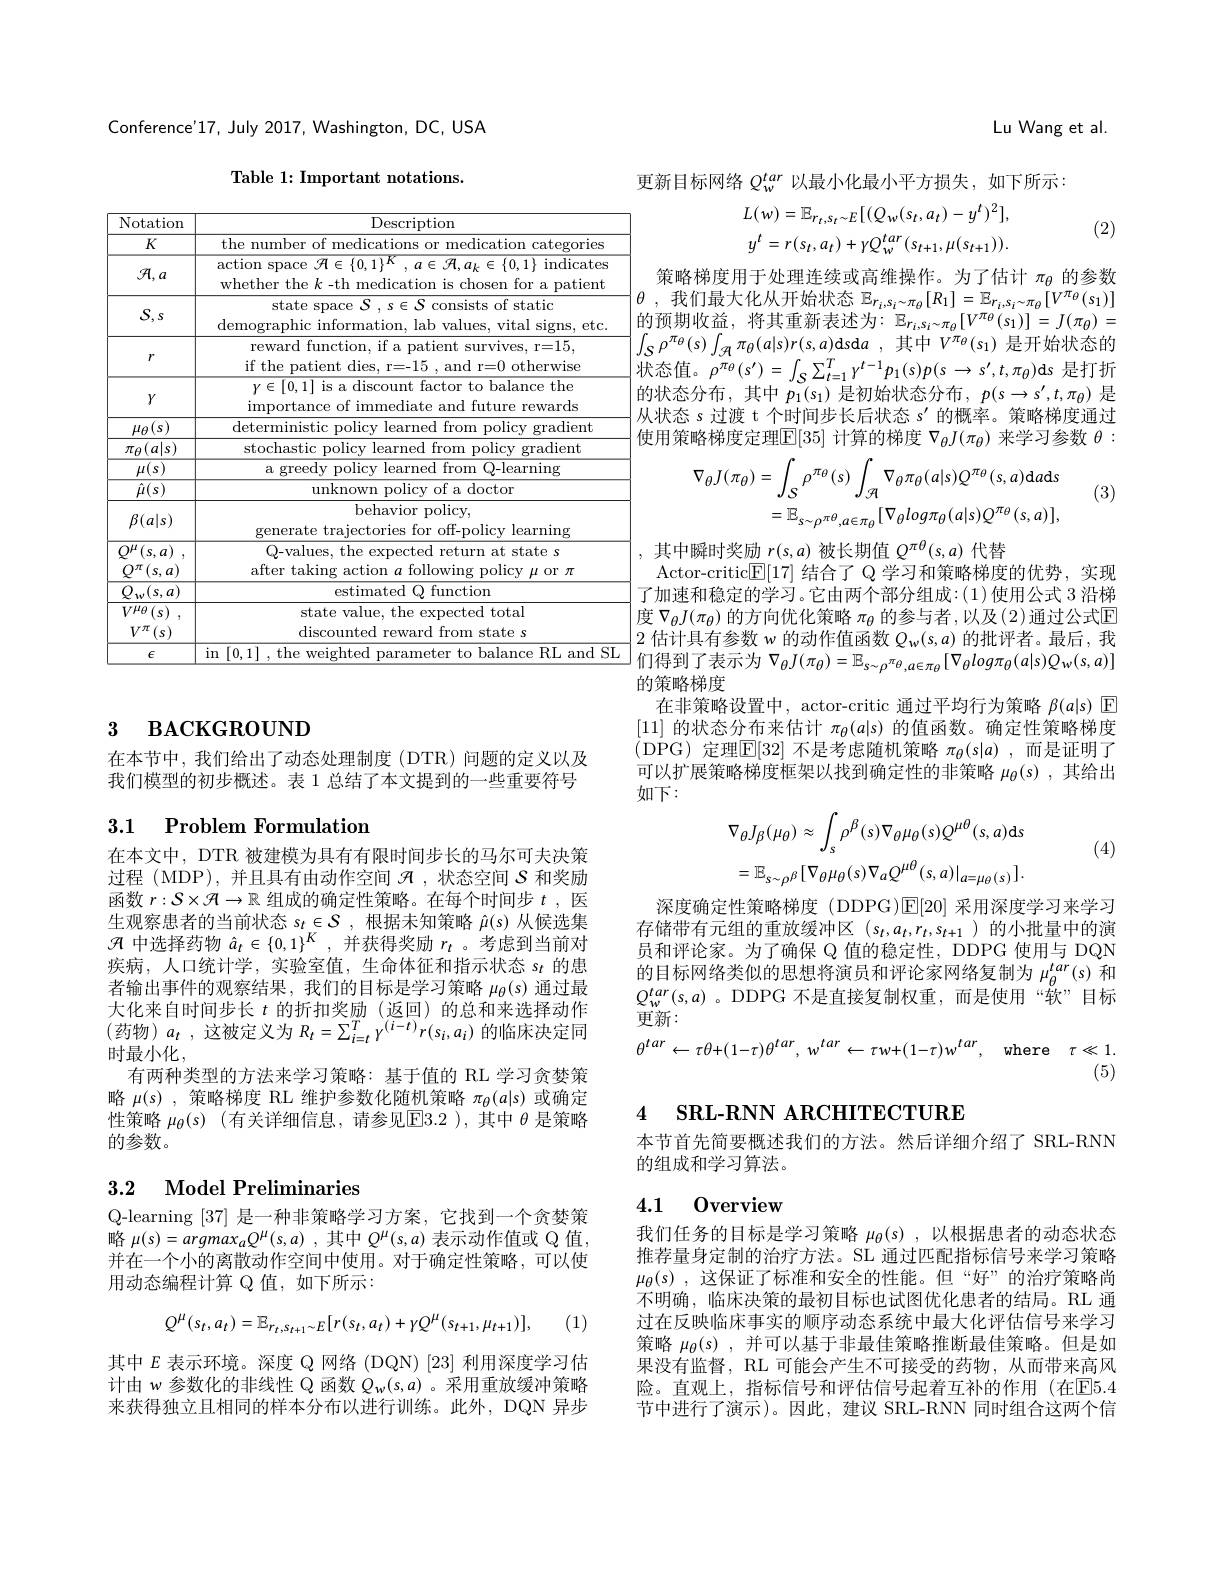
Conference'17, July 2017, Washington, DC, USA

Table 1: Important notations.

<table>
	<tbody>
		<tr>
			<th>Notation</th>
			<th>Description</th>
		</tr>
		<tr>
			<td>$K$</td>
			<td>the tegories</td>
		</tr>
		<tr>
			<td>${\mathcal{H}},a$</td>
			<td>$\operatorname{action}$ space $\mathcal{H}\in\{0,1\}^K,a\in\mathcal{H},a_k\in\{0,1\}$ indicates whether the $k$ -th medication is chosen for a patient</td>
		</tr>
		<tr>
			<td>$S,s$</td>
			<td>state space $\mathcal{S},s\in\mathcal{S}$ consists of static demographic information, lab values, vital signs, etc. </td>
		</tr>
		<tr>
			<td>$r$</td>
			<td>reward function, if a patient survives, r=15, if the patient dies, r=-15 , and r=0 otherwise</td>
		</tr>
		<tr>
			<td>$Y$</td>
			<td>$y\in[0,1]$ is a discount factor to balance the importance of immediate and future rewards</td>
		</tr>
		<tr>
			<td>$\mu_{\theta}(s)$</td>
			<td>deterministic :Dolicv learned 1 $\operatorname{from}$ Dolicv gradient</td>
		</tr>
		<tr>
			<td>$\pi_{\theta}$ $(a|s)$</td>
			<td>stochastic eradient 211C</td>
		</tr>
		<tr>
			<td>$\mu_{\theta}(u|s)$</td>
			<td>$0011CA$ graule.</td>
		</tr>
		<tr>
			<td>$\mu(s)$</td>
			<td>$\textbf{a greedy I}$ pollcy learned trom $\mathrm{C}_{\mathrm{Q-learning}}$</td>
		</tr>
		<tr>
			<td>$\mu(s)$</td>
			<td>LUR own policy or a doctor hehavior noli</td>
		</tr>
		<tr>
			<td>$\beta(a|s)$</td>
			<td>behavlor polıcy, generate trajectories for off-policy learning</td>
		</tr>
		<tr>
			<td>20 $Q^{\pi}(s,a)$</td>
			<td>after taking action $\operatorname*{llowing}$policy$\mu$or$\pi$</td>
		</tr>
		<tr>
			<td>$w(s,a$ 1 $^{\prime}$,</td>
			<td>estimated Q tunction</td>
		</tr>
		<tr>
			<td>$V^{\mu_{\theta}}\left(s\right)$ $V^{\pi}(s)$</td>
			<td>state value, the expected total discounted reward from state s</td>
		</tr>
		<tr>
			<td>$\epsilon$</td>
			<td>111 welohte $|ance$ $\mathrm{R}_{1}$ amn N</td>
		</tr>
	</tbody>
</table>

# 3 BACKGROUND

在本节中，我们给出了动态处理制度(DTR)问题的定义以及我们模型的初步概述。表 1 总结了本文提到的一些重要符号

### 3.1 $\textbf{Problem Formulation}$

在本文中，DTR 被建模为具有有限时间步长的马尔可夫决策过程 (MDP),并且具有由动作空间$\mathcal{H}$ ,状态空间$\mathcal{S}$和奖励函数$r:\mathcal{S}\times\mathcal{H}\to\mathbb{R}$组成的确定性策略。在每个时间步$t$,医生观察患者的当前状态$s_t\in\mathcal{S}$,根据未知策略$\hat{\mu}(s)$从候选集$\mathcal{H}$中选择药物$\hat{a}_t\in\{0,1\}^K$,并获得奖励$r_t$ 。考虑到当前对疾病，人口统计学，实验室值，生命体征和指示状态$s_t$的患者输出事件的观察结果，我们的目标是学习策略$\mu_\theta(s)$通过最大化来自时间步长$t$的折扣奖励 (返回) 的总和来选择动作(药物$)a_t$,这被定义为$R_t=\sum_i=t^TY^{(i-t)}r(s_i,a_i)$ 的临床决定同时最小化，
有两种类型的方法来学习策略：基于值的 RL 学习贪婪策略$\mu(s)$ ,策略梯度 RL 维护参数化随机策略$\pi_\theta(a|s)$或确定性策略$\mu_\theta(s)$ (有关详细信息，请参见$\boxed{\mathrm{E}}3.2$ ),其中$\theta$是策略的参数。

## 3.2 Model Preliminaries

Q-learning [37]是一种非策略学习方案，它找到一个贪婪策略$\mu ( s) = argmax_aQ^{\mu }( s, a)$ ,其中$Q^\mu(s,a)$表示动作值或 Q 值并在一个小的离散动作空间中使用。对于确定性策略，可以使用动态编程计算 Q 值，如下所示：
$$Q^{\mu}(s_{t},a_{t})=\mathbb{E}_{r_{t},s_{t+1}\sim E}[r(s_{t},a_{t})+\gamma Q^{\mu}(s_{t+1},\mu_{t+1})],$$
(1)

其中$E$表示环境。深度 Q 网络 (DQN)[23] 利用深度学习估计由$w$参数化的非线性 Q 函数$Q_w(s,a)$ 。采用重放缓冲策略来获得独立且相同的样本分布以进行训练。此外，DQN 异步

Lu Wang et al.

更新目标网络$Q_w^{tar}$以最小化最小平方损失，如下所示：

(2)
$$L(w)=\mathbb{E}_{r_{t},s_{t}\sim E}[(Q_{w}(s_{t},a_{t})-y^{t})^{2}],\\y^{t}=r(s_{t},a_{t})+\gamma Q_{w}^{tar}(s_{t+1},\mu(s_{t+1})).$$
策略梯度用于处理连续或高维操作。为了估计$\pi_\mathrm{\theta}$的参数$\theta$ , 我们最大化从开始状态 $\mathbb{E}_r_i,s_i\sim\pi_\theta[R_1]=\mathbb{E}_{r_i,s_i\sim\pi_\theta}[V^{\pi_\theta}(s_1)]$ 的预期收益，将其重新表述为：$\mathbb{E}_r_i,s_i\sim\pi_\theta[V^{\pi_\theta}(s_1)]=J(\pi_\theta)=$ $\int_{\mathcal{S}}\rho^{\pi_\theta}(s)\int_{\mathcal{A}}\pi_\theta(a|s)r(s,a)$d$s$d$a$ ,其中 $V^{\pi_\theta}(s_1)$ 是开始状态的$\begin{vmatrix}\text{小}\\\text{状态值。}\rho^{\pi_{\theta}}(s^{\prime})&=\int_{\mathcal{S}}\sum_{t=1}^{T}\gamma^{t-1}p_{1}(s)p(s\:\to\:s^{\prime},t,\pi_{\theta})\mathrm{d}s&\text{是打折}\end{vmatrix}$ 的状态分布，其中$p_1(s_1)$是初始状态分布$,p(s\to s^\prime,t,\pi_\theta)$是从状态 s 过渡 t 个时间步长后状态 s' 的概率。策略梯度通过使用策略梯度定理$\overline{\mathbb{E}}[35]$计算的梯度$\nabla_\theta J(\pi_\theta)$来学习参数$\theta:$

(3)
$$\begin{aligned}\nabla_{\theta}J(\pi_{\theta})&=\int_{S}\rho^{\pi_{\theta}}(s)\int_{\mathcal{A}}\nabla_{\theta}\pi_{\theta}(a|s)Q^{\pi_{\theta}}(s,a)\mathrm{d}a\mathrm{d}s\\&=\mathbb{E}_{s\sim\rho^{\pi\theta},a\in\pi_{\theta}}[\nabla_{\theta}log\pi_{\theta}(a|s)Q^{\pi_{\theta}}(s,a)],\end{aligned}$$
其中瞬时奖励$r(s,a)$被长期值$Q^\pi\theta(s,a)$代替
Actor-critic$\mathbb{E}[17]$结合了 Q 学习和策略梯度的优势，实现了加速和稳定的学习。它由两个部分组成：(1)使用公式 3 沿梯$\left|\text{度 }\nabla_{\theta}J(\pi_{\theta})\text{ 的方向优化策略 }\pi_{\theta}\text{ 的参与者 },\text{以及(2)通过公式E}\right|$ 2 估计具有参数 w 的动作值函数$Q_w(s,a)$的批评者。最后，我们得到了表示为$\nabla_\theta J(\pi_\theta)=\mathbb{E}_{s\sim\rho^{\pi_\theta},a\in\pi_\theta}[\nabla_\theta log\pi_\theta(a|s)Q_w(s,a)]$ 的策略梯度
在非策略设置中，actor-critic 通过平均行为策略$\beta(a|s)$ E [11]的状态分布来估计$\pi_\theta(a|s)$的值函数。确定性策略梯度(DPG)定理$\overline{\mathrm{E}}[32]$ 不是考虑随机策略 $\pi_\theta(s|a)$,而是证明了可以扩展策略梯度框架以找到确定性的非策略$\mu_\theta(s)$,其给出如下：
$$\nabla_{\theta}J_{\beta}(\mu_{\theta})\approx\int_{s}\rho^{\beta}(s)\nabla_{\theta}\mu_{\theta}(s)Q^{\mu\theta}(s,a)\mathrm{d}s\\=\mathbb{E}_{s\sim\rho^{\beta}}[\nabla_{\theta}\mu_{\theta}(s)\nabla_{a}Q^{\mu\theta}(s,a)|_{a=\mu_{\theta}(s)}].$$
$s$ (4)

深度确定性策略梯度(DDPG)$\boxed{\mathbb{E}}[20]$采用深度学习来学习$存储带有元组的重放缓冲区(s_t,a_t,r_t,s_{t+1})的小批量中的演$ 员和评论家。为了确保 Q 值的稳定性，DDPG 使用与 DQN 的目标网络类似的思想将演员和评论家网络复制为$\mu_{\theta}^{tar}(s)$和$Q_w^{tar}(s,a)$ 。DDPG 不是直接复制权重，而是使用“软”目标更新：
$$\theta^{tar}\:\leftarrow\:\tau\theta+(1-\tau)\theta^{tar}\:,\:w^{tar}\:\leftarrow\:\tau w+(1-\tau)w^{tar}\:,\quad\mathrm{where}\quad\tau\ll1.$$
(5)

## 4 $\textbf{SRL- RNN ARCHITECTURE}$

本节首先简要概述我们的方法。然后详细介绍了 SRL-RNN
的组成和学习算法。

### 4.1 0verview

我们任务的目标是学习策略$\mu_\theta(s)$,以根据患者的动态状态推荐量身定制的治疗方法。SL 通过匹配指标信号来学习策略$\mu_\theta(s)$,这保证了标准和安全的性能。但“好”的治疗策略尚不明确，临床决策的最初目标也试图优化患者的结局。RL 通过在反映临床事实的顺序动态系统中最大化评估信号来学习策略$\mu_\theta(s)$,并可以基于非最佳策略推断最佳策略。但是如果没有监督，RL 可能会产生不可接受的药物，从而带来高风险。直观上，指标信号和评估信号起着互补的作用(在$\overline{\mathrm{E}}5.4$ 节中进行了演示)。因此，建议 SRL-RNN 同时组合这两个信